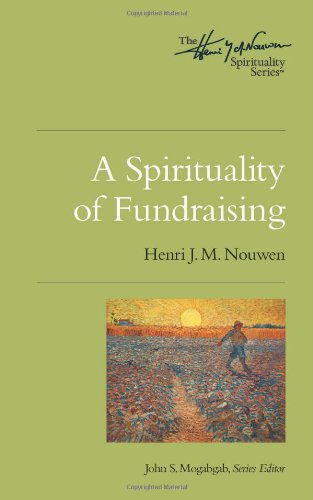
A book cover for A Spirituality of Fundraising (Henri Nouwen Spirituality); Henri J.M. Nouwen; Christian Books & Bibles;